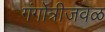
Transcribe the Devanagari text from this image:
गंगोत्रीजवळ